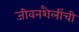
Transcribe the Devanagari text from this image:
जीवनशैलींची